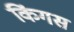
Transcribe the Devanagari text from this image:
किंगस